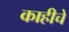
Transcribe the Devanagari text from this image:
काहीचे